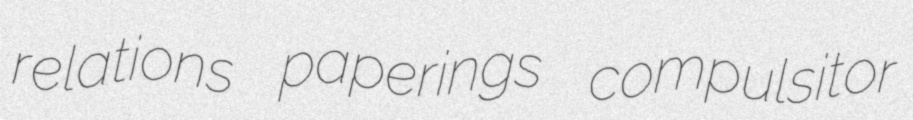
relations paperings compulsitor